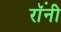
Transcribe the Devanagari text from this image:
रॉंनी